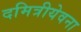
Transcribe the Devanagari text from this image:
दमित्रीयेवना